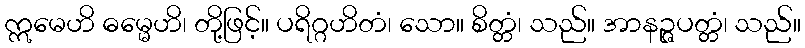
ဣမေဟိ ဓမ္မေဟိ၊ တို့ဖြင့်။ ပရိဂ္ဂဟိတံ၊ သော။ စိတ္တံ၊ သည်။ အာနဉ္ဇပတ္တံ၊ သည်။